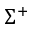
\Sigma ^ { + }